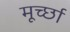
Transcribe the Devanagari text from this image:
मूर्च्‍छा